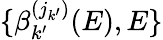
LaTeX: \{ \beta_{k^{\prime}}^{(j_{k^{\prime}})}(E),E\}